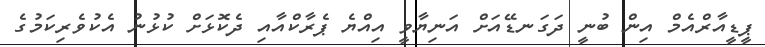
ޕީޑީއާރްއެމް އިން ބުނީ ދަގަނޑޭއަށް އަނިޔާވީ އިއްޔެ ޕެރާކްއާއި ދެކޮޅަށް ކުޅުނު އެކުވެރިކަމުގެ